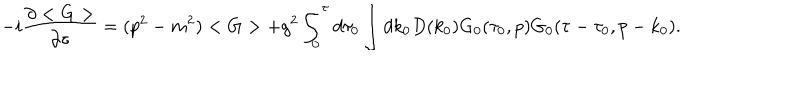
- i \frac { \partial < G > } { \partial \tau } = ( p ^ { 2 } - m ^ { 2 } ) < G > + g ^ { 2 } \int _ { 0 } ^ { \tau } d \tau _ { 0 } \int d k _ { 0 } D ( k _ { 0 } ) G _ { 0 } ( \tau _ { 0 } , p ) G _ { 0 } ( \tau - \tau _ { 0 } , p - k _ { 0 } ) .